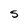
Character: S